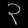
Digit: ၃